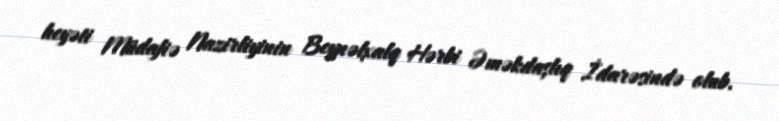
heyəti Müdafiə Nazirliyinin Beynəlxalq Hərbi Əməkdaşlıq İdarəsində olub.